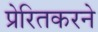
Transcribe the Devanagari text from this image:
प्रेरितकरने